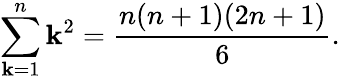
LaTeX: \sum_{\mathbf{k}=1}^{n}\mathbf{k}^{2}=\frac{{n(n+1)(2n+1)}}{{6}}.